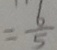
= \frac { 6 } { 5 }